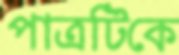
পাত্রটিকে